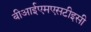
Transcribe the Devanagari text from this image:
बीआईएमएसटीइसी